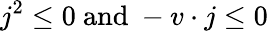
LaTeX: j^{2}\leq 0\ \mathrm{and}\ -v\cdot j\leq 0